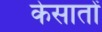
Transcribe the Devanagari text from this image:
केसातों